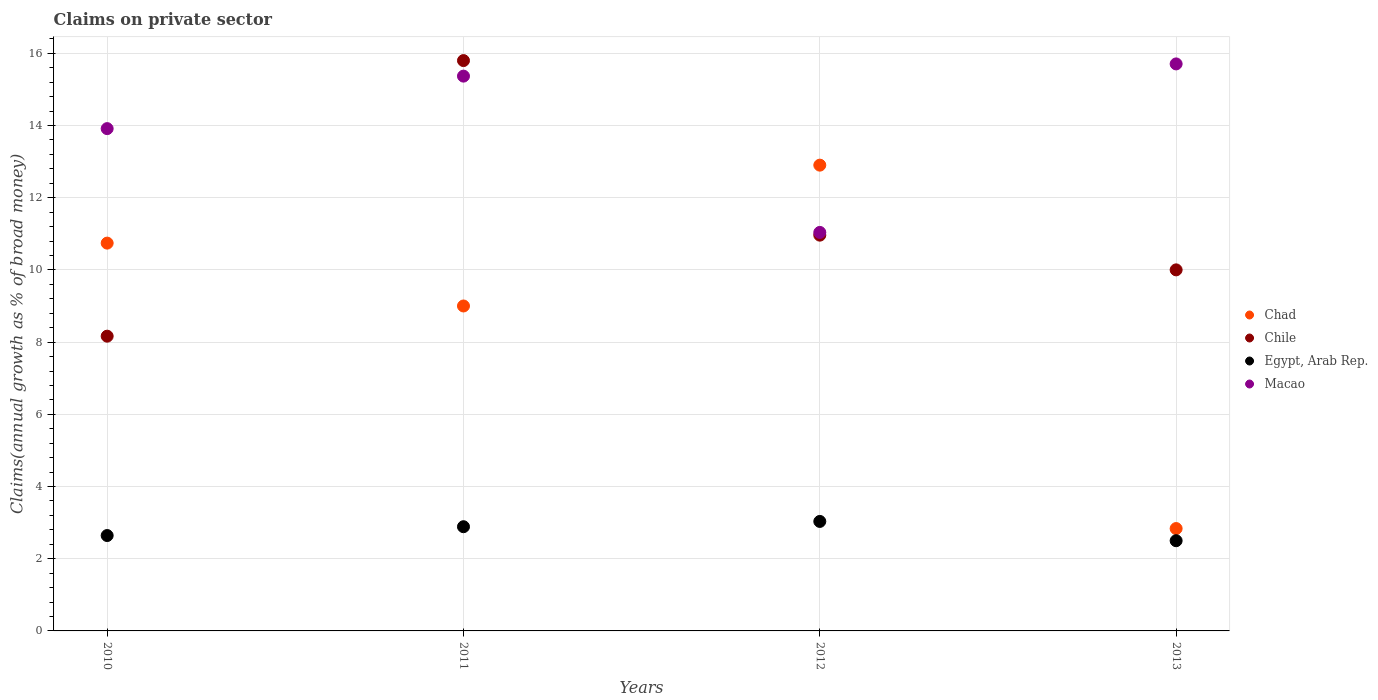
| Years | Chad | Chile | Egypt, Arab Rep. | Macao |
 | --- | --- | --- | --- | --- |
 | 2010 | 10.7 | 8.16 | 2.64 | 13.9 |
 | 2011 | 9 | 15.8 | 2.89 | 15.4 |
 | 2012 | 12.9 | 11 | 3.03 | 11 |
 | 2013 | 2.84 | 10 | 2.5 | 15.7 |